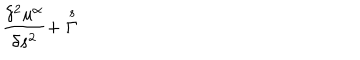
LaTeX: \frac { \delta ^ { 2 } u ^ { \alpha } } { \delta s ^ { 2 } } + \stackrel { s } { \Gamma }